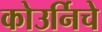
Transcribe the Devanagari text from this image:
कोउर्निचे